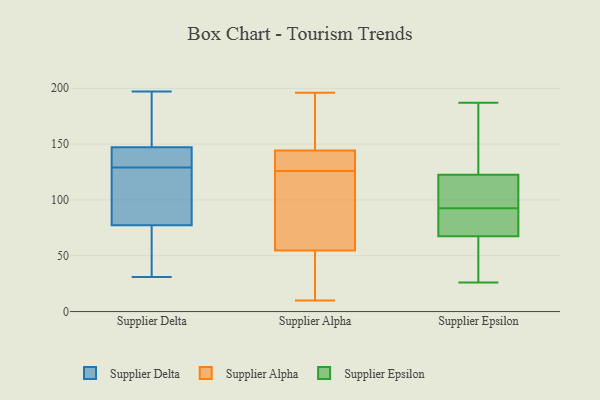
{"axis": {"x": "Backlog", "y": "Value"}, "legend": ["Supplier Alpha", "Supplier Delta", "Supplier Epsilon"], "data": [{"x": "", "y": 192, "type": "Supplier Delta"}, {"x": "", "y": 129, "type": "Supplier Delta"}, {"x": "", "y": 32, "type": "Supplier Delta"}, {"x": "", "y": 148, "type": "Supplier Delta"}, {"x": "", "y": 74, "type": "Supplier Delta"}, {"x": "", "y": 39, "type": "Supplier Delta"}, {"x": "", "y": 133, "type": "Supplier Delta"}, {"x": "", "y": 197, "type": "Supplier Delta"}, {"x": "", "y": 113, "type": "Supplier Delta"}, {"x": "", "y": 31, "type": "Supplier Delta"}, {"x": "", "y": 136, "type": "Supplier Delta"}, {"x": "", "y": 145, "type": "Supplier Delta"}, {"x": "", "y": 87, "type": "Supplier Delta"}, {"x": "", "y": 113, "type": "Supplier Delta"}, {"x": "", "y": 196, "type": "Supplier Delta"}, {"x": "", "y": 51, "type": "Supplier Alpha"}, {"x": "", "y": 196, "type": "Supplier Alpha"}, {"x": "", "y": 126, "type": "Supplier Alpha"}, {"x": "", "y": 142, "type": "Supplier Alpha"}, {"x": "", "y": 134, "type": "Supplier Alpha"}, {"x": "", "y": 56, "type": "Supplier Alpha"}, {"x": "", "y": 78, "type": "Supplier Alpha"}, {"x": "", "y": 10, "type": "Supplier Alpha"}, {"x": "", "y": 63, "type": "Supplier Alpha"}, {"x": "", "y": 196, "type": "Supplier Alpha"}, {"x": "", "y": 133, "type": "Supplier Alpha"}, {"x": "", "y": 14, "type": "Supplier Alpha"}, {"x": "", "y": 151, "type": "Supplier Alpha"}, {"x": "", "y": 83, "type": "Supplier Epsilon"}, {"x": "", "y": 26, "type": "Supplier Epsilon"}, {"x": "", "y": 40, "type": "Supplier Epsilon"}, {"x": "", "y": 100, "type": "Supplier Epsilon"}, {"x": "", "y": 71, "type": "Supplier Epsilon"}, {"x": "", "y": 183, "type": "Supplier Epsilon"}, {"x": "", "y": 64, "type": "Supplier Epsilon"}, {"x": "", "y": 119, "type": "Supplier Epsilon"}, {"x": "", "y": 88, "type": "Supplier Epsilon"}, {"x": "", "y": 187, "type": "Supplier Epsilon"}, {"x": "", "y": 126, "type": "Supplier Epsilon"}, {"x": "", "y": 97, "type": "Supplier Epsilon"}]}